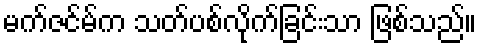
မက်ဇင်မ်က သတ်ပစ်လိုက်ခြင်းသာ ဖြစ်သည်။